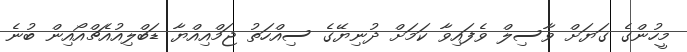
މީހުންގެ ގަޔަށް ވާސިލް ވެފައިވާ ކަމަށް ދުނިޔޭގެ ސިއްހަތު ޖަމްއިއްޔާ ޑަބްލިއުއެޗްއޯއިން ބުނެ